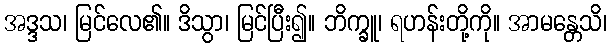
အဒ္ဒသ၊ မြင်လေ၏။ ဒိသွာ၊ မြင်ပြီး၍။ ဘိက္ခူ၊ ရဟန်းတို့ကို။ အာမန္တေသိ၊